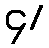
၄/